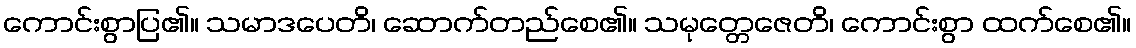
ကောင်းစွာပြ၏။ သမာဒပေတိ၊ ဆောက်တည်စေ၏။ သမုတ္တေဇေတိ၊ ကောင်းစွာ ထက်စေ၏။